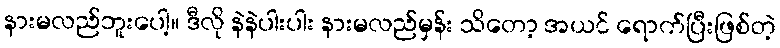
နားမလည်ဘူးပေါ့။ ဒီလို နဲနဲပါးပါး နားမလည်မှန်း သိတော့ အယင် ရောက်ပြီးဖြစ်တဲ့